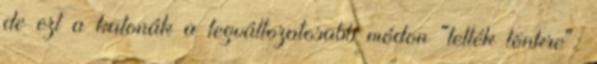
de ezt a katonák a legváltozatosabb módon "tették tönkre":